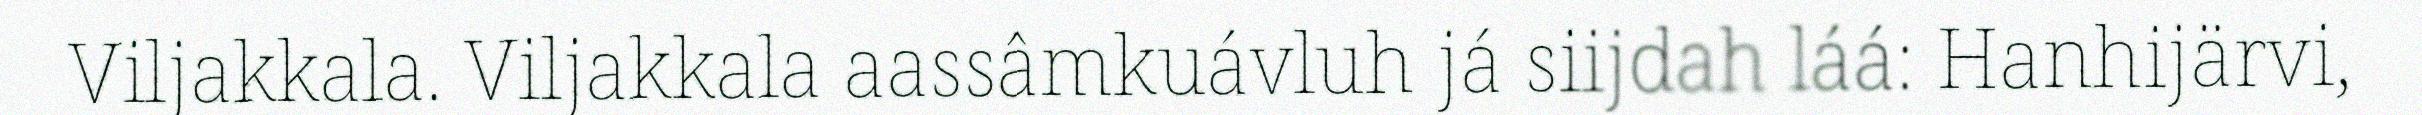
Viljakkala. Viljakkala aassâmkuávluh já siijdah láá: Hanhijärvi,